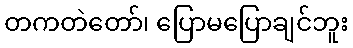
တကတဲတော်၊ ပြောမပြောချင်ဘူး